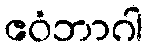
ဧဝံဘာဂါ